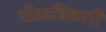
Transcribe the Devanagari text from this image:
पीठाधिकारी